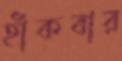
হাঁকবার